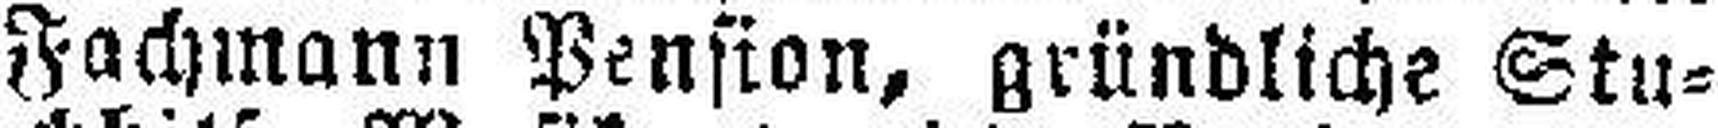
Fachmann Pension, gründliche Stu¬